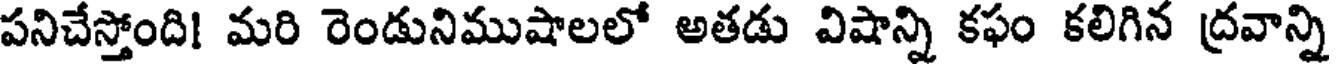
పనిచేస్తోంది! మరి రెండునిముషాలలో అతడు విషాన్ని కఫం కలిగిన ద్రవాన్ని